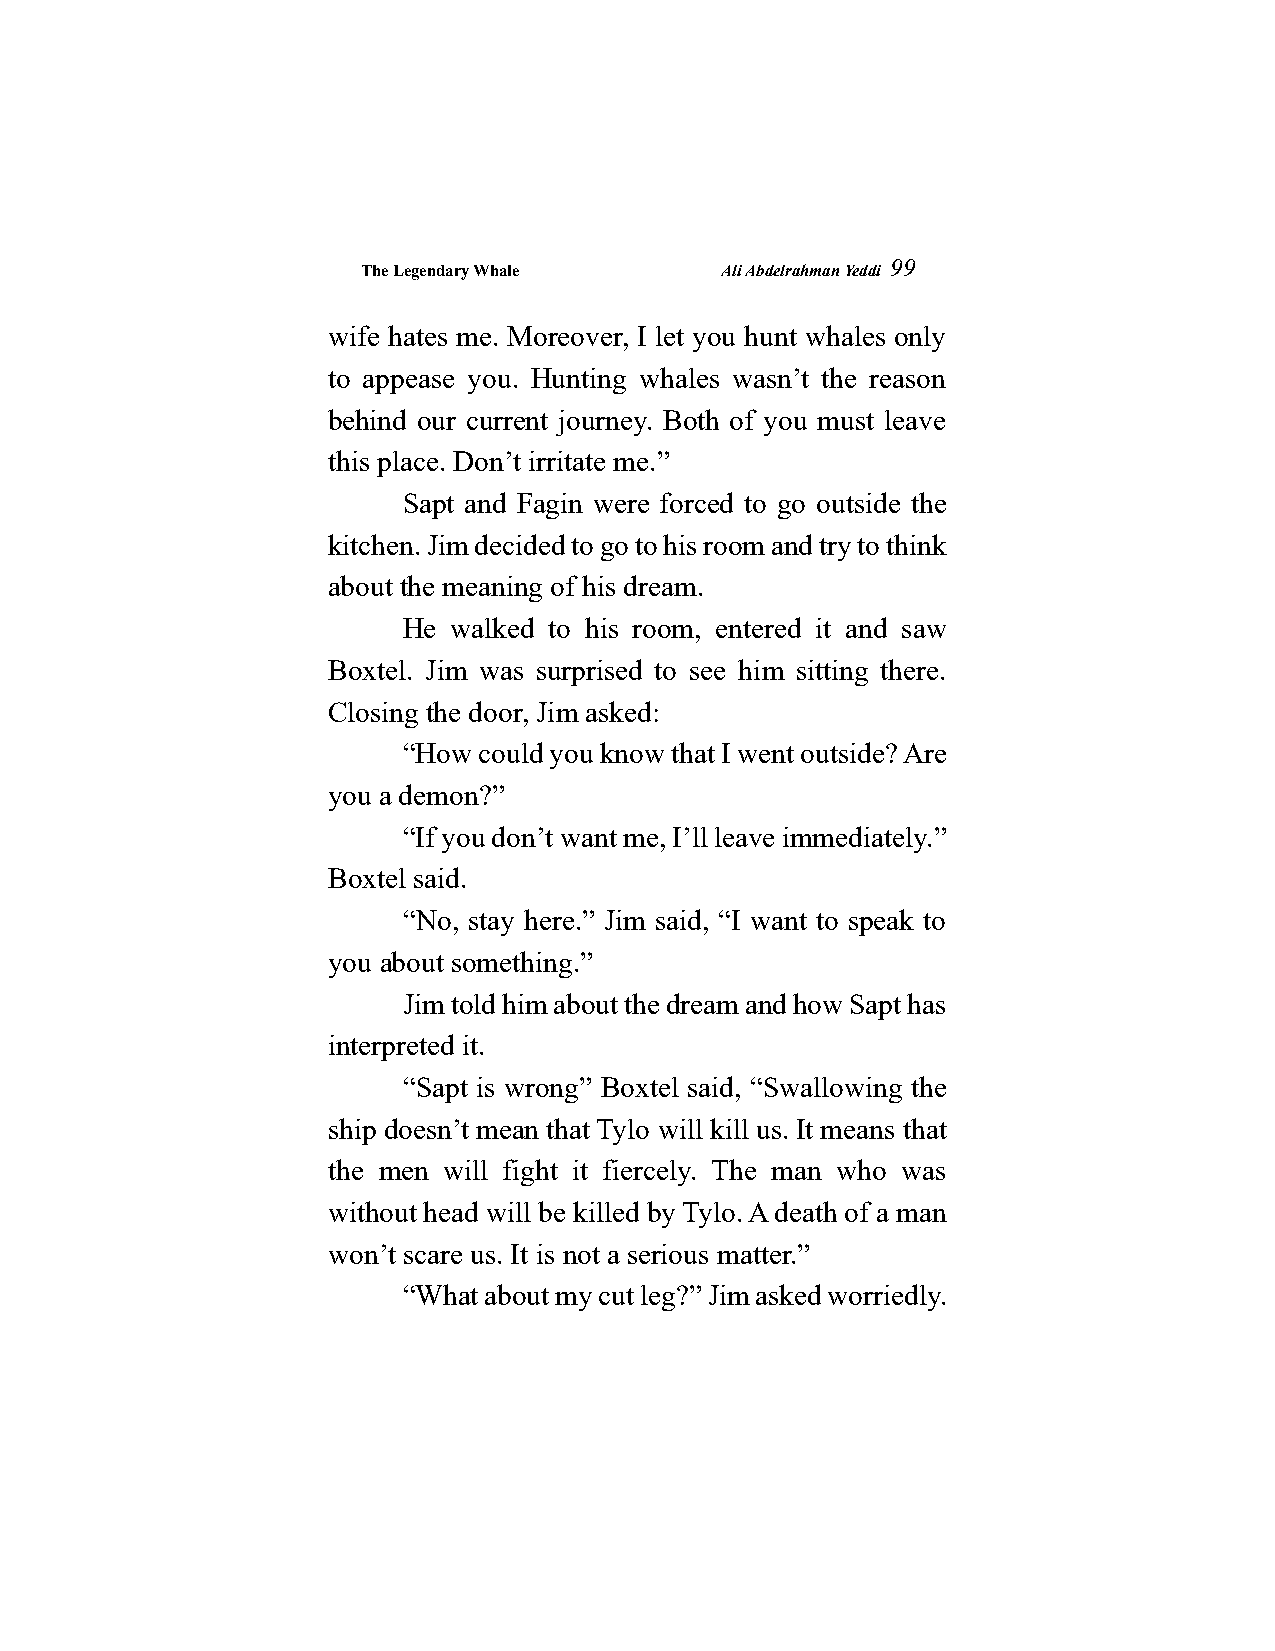
The Legendary Whale     Ali Abdelrahman Yeddi
 99
 wife hates me. Moreover, I let you hunt whales only
 to appease you. Hunting whales wasn’t the reason
 behind our current journey. Both of you must leave
 this place. Don’t irritate me.”
 Sapt and Fagin were forced to go outside the
 kitchen. Jim decided to go to his room and try to think
 about the meaning of his dream.
 He walked to his room, entered it and saw
 Boxtel. Jim was surprised to see him sitting there.
 Closing the door, Jim asked:
 “How could you know that I went outside? Are
 you a demon?”
 “If you don’t want me, I’ll leave immediately.”
 Boxtel said.
 “No, stay here.” Jim said, “I want to speak to
 you about something.”
 Jim told him about the dream and how Sapt has
 interpreted it.
 “Sapt is wrong” Boxtel said, “Swallowing the
 ship doesn’t mean that Tylo will kill us. It means that
 the men will fight it fiercely. The man who was
 without head will be killed by Tylo. A death of a man
 won’t scare us. It is not a serious matter.”
 “What about my cut leg?” Jim asked worriedly.